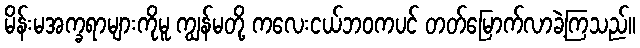
မိန်းမအက္ခရာများကိုမူ ကျွန်မတို့ ကလေးငယ်ဘဝကပင် တတ်မြောက်လာခဲ့ကြသည်။